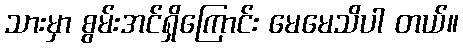
သားမှာ စွမ်းအင်ရှိကြောင်း မေမေသိပါ တယ်။